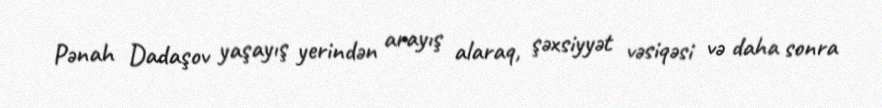
Pənah Dadaşov yaşayış yerindən arayış alaraq, şəxsiyyət vəsiqəsi və daha sonra